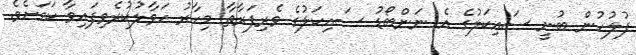
ފުލުހުން ބުނީ ސައިކަލުގެ އެ ނަންބޯޑު ސައިކަލުގެ ވެރިފަރާތާ މިހާރު ހަވާލުކުރެވިފައިވާ ކަމަށެވެ.